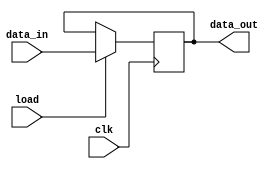
//Defining PIPO1 Register
module pipo1(data_out, data_in, load, clk);
	input[15:0] data_in;
	input load, clk;
	output reg[15:0] data_out;

	always @(posedge clk) begin
		if (load)
			data_out <= data_in;
	end
endmodule